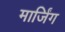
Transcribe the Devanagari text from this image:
मार्जिंग